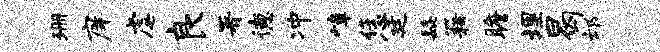
珊庠虐良署德冲嶂恁廷髭籍瞻埋曷邙